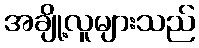
အချို့လူများသည်